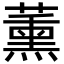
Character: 薰